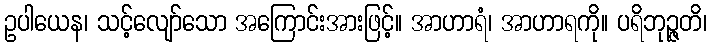
ဥပါယေန၊ သင့်လျော်သော အကြောင်းအားဖြင့်။ အာဟာရံ၊ အာဟာရကို။ ပရိဘုဉ္ဇတိ၊